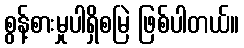
စွန့်စားမှုပါရှိစမြဲ ဖြစ်ပါတယ်။